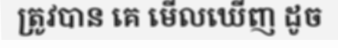
ត្រូវបាន គេ មើលឃើញ ដូច